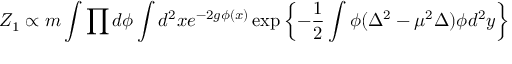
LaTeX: Z _ { 1 } \propto m \int \prod d \phi \int d ^ { 2 } x e ^ { - 2 g \phi ( x ) } \exp \left\{ - \frac { 1 } { 2 } \int \phi ( \Delta ^ { 2 } - \mu ^ { 2 } \Delta ) \phi d ^ { 2 } y \right\}